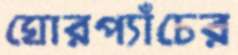
ঘোরপ্যাঁচের